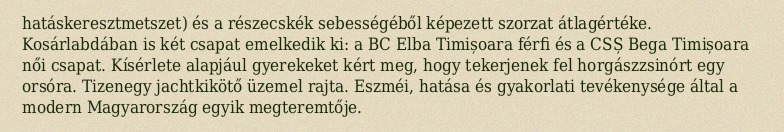
hatáskeresztmetszet) és a részecskék sebességéből képezett szorzat átlagértéke. Kosárlabdában is két csapat emelkedik ki: a BC Elba Timișoara férfi és a CSȘ Bega Timișoara női csapat. Kísérlete alapjául gyerekeket kért meg, hogy tekerjenek fel horgászzsinórt egy orsóra. Tizenegy jachtkikötő üzemel rajta. Eszméi, hatása és gyakorlati tevékenysége által a modern Magyarország egyik megteremtője.